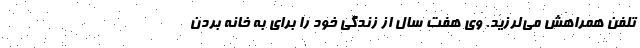
تلفن همراهش می‌لرزید. وی هفت سال از زندگی خود را برای به خانه بردن